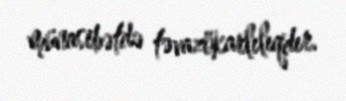
münasibətdə təvazökarlılıqdır.